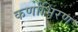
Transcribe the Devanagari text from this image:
कर्णाभिरण